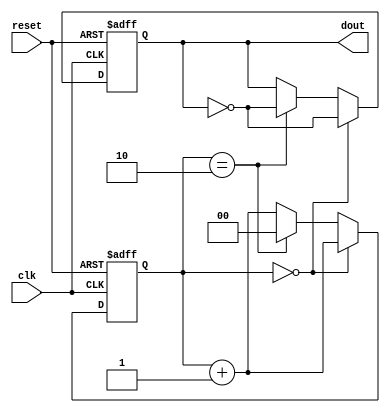
module lianxi04(clk,reset,dout);
input	clk,reset;
output	dout;
reg	dout;
reg[1:0] count;
always@(posedge clk or negedge reset)begin
if(reset == 1'b0) begin
dout <= 0;
count <= 2'b00;
end
else begin
	if(count == 0)begin
		dout <= ~dout;
		count <= count + 1'b1;
	end
	else if(count == 2)begin
		dout <= ~dout;
		count <= 2'b00;
	end
	else begin
		count <= count + 1'b1;
	end	
end
end
endmodule